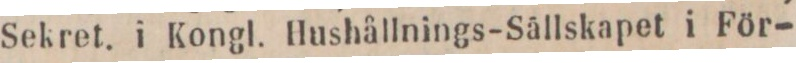
Sekret. i Kongl. Hushållnings-Sällskapet i För-